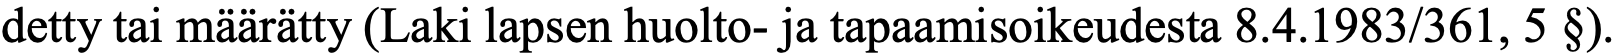
detty tai määrätty (Laki lapsen huolto- ja tapaamisoikeudesta 8.4.1983/361, 5 §).